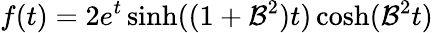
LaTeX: f(t)=2e^{t}\sinh((1+\mathcal{B}^{2})t)\cosh(\mathcal{B}^{2}t)